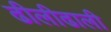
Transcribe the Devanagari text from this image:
ढीलीढाली